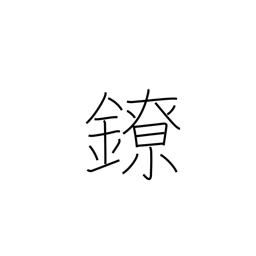
Meaning: chains